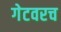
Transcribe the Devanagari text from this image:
गेटवरच